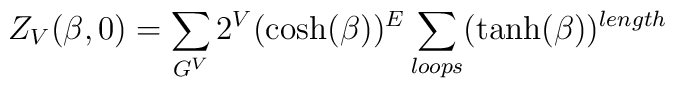
Z_{V}(\beta, 0) = \sum_{G^V}  2^{V}(\cosh ( \beta) )^{E} \sum_{loops} (\tanh (\beta))^{length}